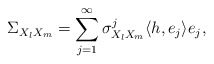
\begin{align*}\Sigma _{X_l X_m} = \sum_{j=1} ^\infty {\sigma _{X_l X_m} ^j \langle h, e_j\rangle e_j,}\end{align*}